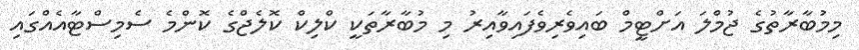
މިމުބާރާތުގެ ޖުމްލަ އަށްޓީމް ބައިވެރިވެފައިވާއިރު މި މުބާރާތަކީ ކްލިކް ކޮލެޖްގެ ކޮންމެ ސެމިސްޓާއެއްގައި